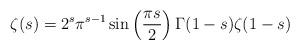
LaTeX: \begin{align*} \zeta(s)=2^s \pi^{s-1} \sin \left(\frac{\pi s}{2}\right) \Gamma(1-s) \zeta(1-s)\end{align*}